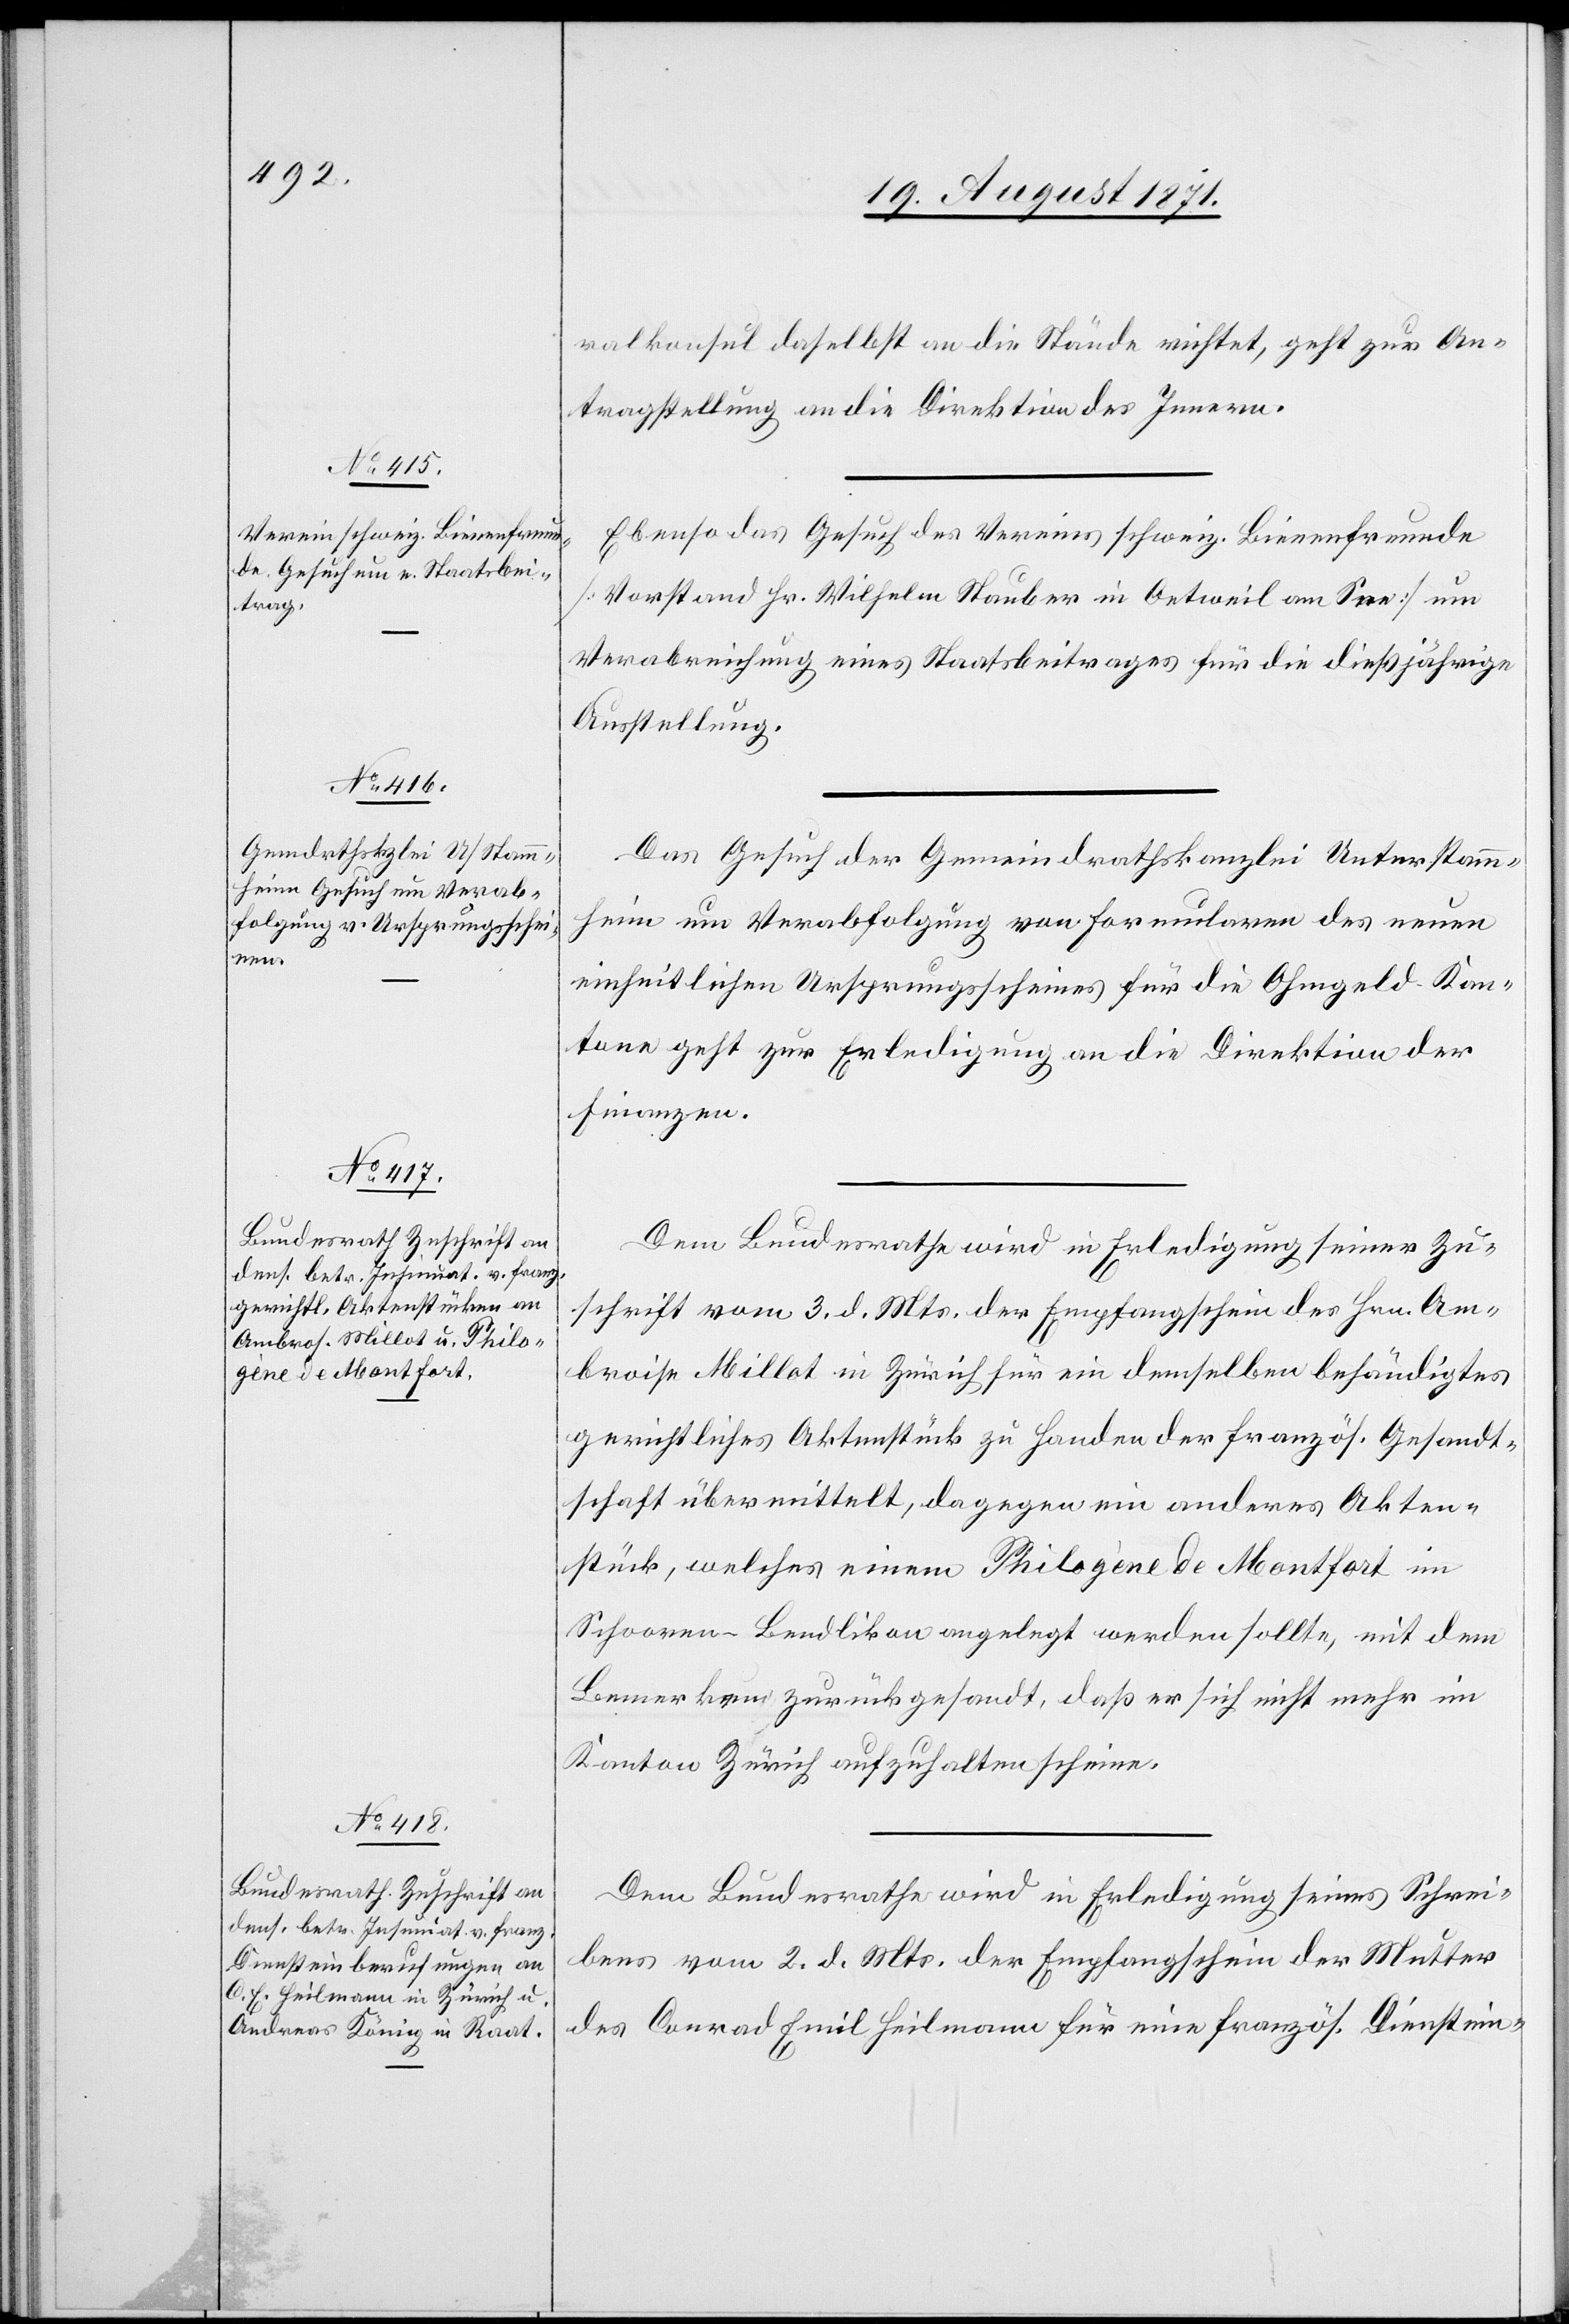
23. August 1871.]
ralkonsul daselbst an die Stände richtet, geht zur An¬
tragstellung an die Direktion des Innern.
Ebenso das Gutachten des Vereins schweiz. Bienenfreunde
[Vorstand Hr. Wilhelm Hauber in Oetweil am See] um
Verabreichung eines Staatsbeitrages für die dießjährige
Anstellung.
Das Gesuch der Gemeindrathskanzlei Unterstamm¬
heim um Verabfolgung von Formularen des neuen
einheitlichen Ursprungsscheines für die Ohmgeld-Kan¬
tone geht zur Erledigung an die Direktion der
Finanzen.
Dem Bundesrath wird in Erledigung seiner Zu¬
schrift vom 3. d. Mts. der Empfangschein des Hrn. Am¬
broise Millot in Zürich für ein demselben behändigtes
gerichtliches Aktenstück zu Handen der französ. Gesandt¬
schaft übermittelt, dagegen ein anderes Akten¬
stück, welches einem Philogène de Monfort in
Schooren-Lendlikon angelegt werden solle, mit dem
Bemerken zurückgesandt, daß er sich nicht mehr im
Kanton Zürich aufzuhalten scheine.
Dem Bundesrath wird in Erledigung seines Schrei¬
bens vom 2. d. Mts. der Empfangschein der Mutter
des Conrad Emil Seilmann für eine französ. Dienstein-